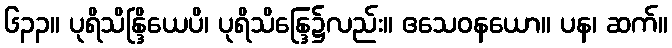
၆၃၃။ ပုရိသိန္ဒြိယေပိ၊ ပုရိသိန္ဒြေ၌လည်း။ ဧသေဝနယော။ ပန၊ ဆက်။